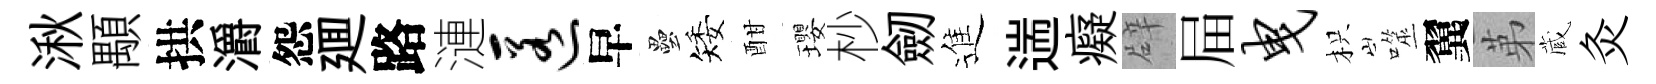
湫顒拱灂怨廽路漣匿早壘矮酣瓔杪劒進遄癡辟屇曳枳噬翼苐蔵灸